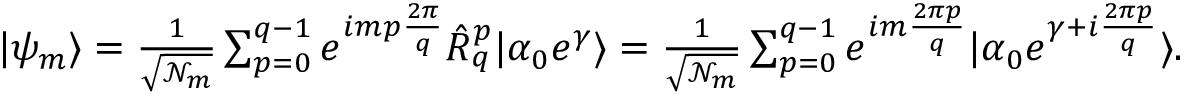
\begin{array} { r } { | \psi _ { m } \rangle = \frac { 1 } { \sqrt { \mathcal { N } _ { m } } } \sum _ { p = 0 } ^ { q - 1 } e ^ { i m p \frac { 2 \pi } { q } } \hat { R } _ { q } ^ { p } | \alpha _ { 0 } e ^ { \gamma } \rangle = \frac { 1 } { \sqrt { \mathcal { N } _ { m } } } \sum _ { p = 0 } ^ { q - 1 } e ^ { i m \frac { 2 \pi p } { q } } | \alpha _ { 0 } e ^ { \gamma + i \frac { 2 \pi p } { q } } \rangle . } \end{array}